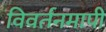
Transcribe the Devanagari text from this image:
विवर्तनमापी